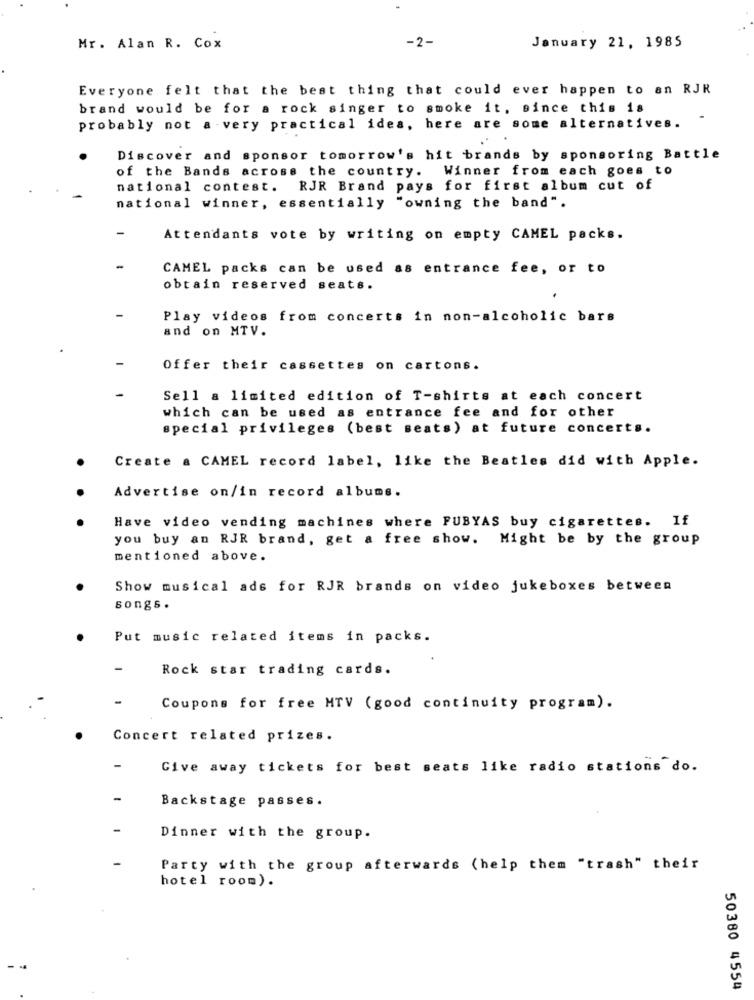
-2-
January 21, 1985
Mr. Alan R. Cox
Everyone felt that the best thing that could ever happen to an RJR
brand would be for a rock singer to smoke it, since this 18
-
probably not a very practical idea, here are some alternatives.
Discover and sponsor tomorrow's hit brands by sponsoring Battle
of the Bands across the country. Winner from each goes to
national contest. RJR Brand pays for first album cut of
national winner, essentially "owning the band".
Attendants vote by writing on empty CAMEL packs.
CAMEL packs can be used as entrance fee, or to
obtain reserved seats.
Play videos from concerts in non-alcoholic bars
and on MTV.
Offer their cassettes on cartons.
Sell a limited edition of T-shirts at each concert
which can be used as entrance fee and for other
special privileges (best seats) at future concerts.
Create a CAMEL record label, like the Beatles did with Apple.
Advertise on/in record albums.
Have video vending machines where FUBYAS buy cigarettes. If
you buy an RJR brand, get a free show.
Might be by the group
mentioned above.
Show musical ads for RJR brands on video jukeboxes between
songs.
Put music related items in packs.
Rock star trading cards.
Coupons for free MTV (good continuity program).
Concert related prizes.
Give away tickets for best seats like radio stations do.
Backstage passes.
Dinner with the group.
Party with the group afterwards (help them "trash" their
hotel room).
50380 4554